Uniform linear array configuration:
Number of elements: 64
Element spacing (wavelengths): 0.5
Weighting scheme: hamming
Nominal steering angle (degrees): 30
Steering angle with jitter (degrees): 29.988
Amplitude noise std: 0.05
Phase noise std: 0.05

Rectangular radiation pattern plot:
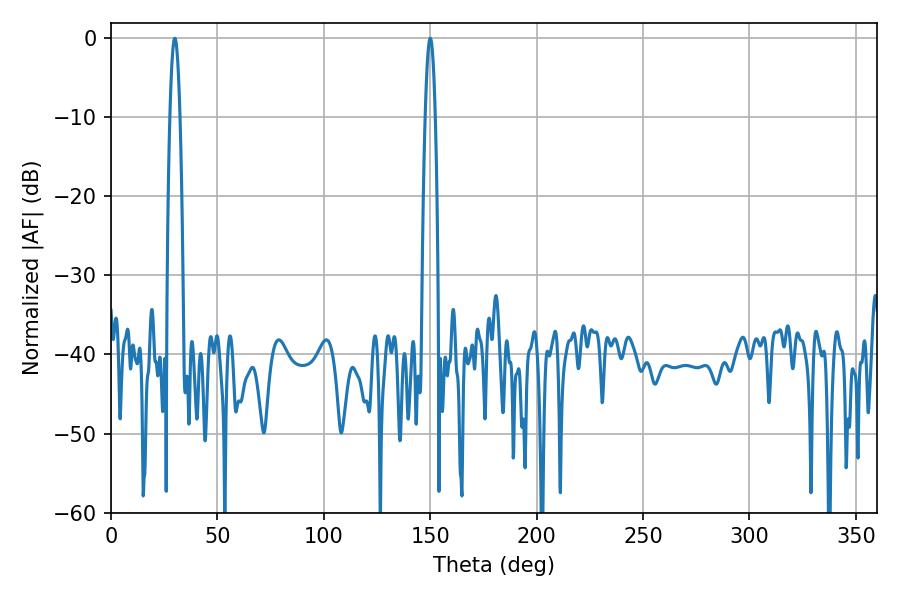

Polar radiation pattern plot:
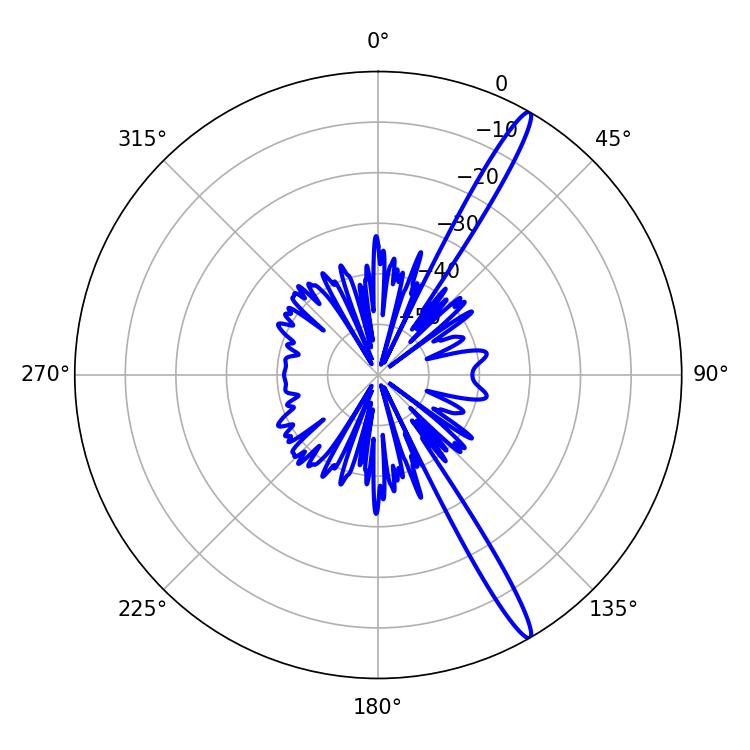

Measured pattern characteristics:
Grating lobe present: FALSE
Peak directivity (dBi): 16.051
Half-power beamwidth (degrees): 2.52
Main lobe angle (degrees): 30.06